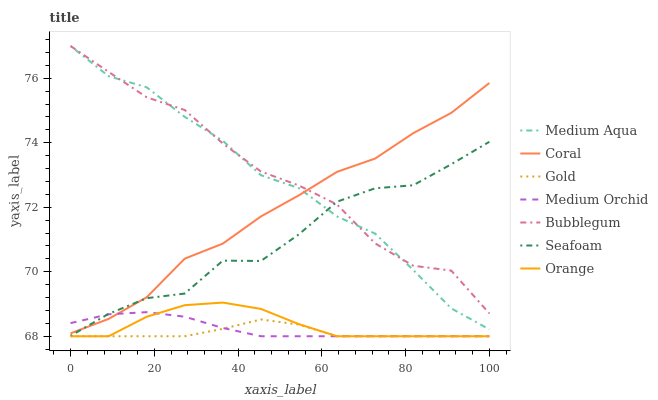
| xaxis_label | Medium Aqua | Coral | Gold | Medium Orchid | Bubblegum | Seafoam | Orange |
 | --- | --- | --- | --- | --- | --- | --- | --- |
 | 0 | 77 | 68.1 | 68 | 68.4 | 77 | 68 | 68 |
 | 9.09 | 76.1 | 68.5 | 68 | 68.7 | 76.2 | 68.7 | 68 |
 | 18.2 | 75.7 | 69.2 | 68 | 68.7 | 75.4 | 69.2 | 68.6 |
 | 27.3 | 74.8 | 70.4 | 68 | 68.6 | 75 | 69.3 | 69 |
 | 36.4 | 74.1 | 70.9 | 68.2 | 68.3 | 74 | 70.3 | 69 |
 | 45.5 | 73 | 71.7 | 68.5 | 68 | 73.1 | 70.3 | 68.8 |
 | 54.5 | 72.6 | 72.4 | 68.4 | 68 | 72.7 | 71.2 | 68.4 |
 | 63.6 | 71.7 | 73.1 | 68 | 68 | 72.1 | 72.2 | 68 |
 | 72.7 | 71.2 | 73.5 | 68 | 68 | 70.9 | 72.6 | 68 |
 | 81.8 | 70.1 | 74.3 | 68 | 68 | 70.2 | 72.7 | 68 |
 | 90.9 | 68.9 | 74.9 | 68 | 68 | 70 | 73.3 | 68 |
 | 100 | 68.2 | 75.9 | 68 | 68 | 68.7 | 74 | 68 |